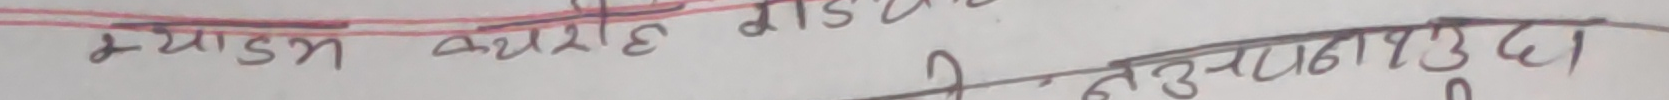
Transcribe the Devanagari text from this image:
म्याडम क्युरे डिश तेअनुप १३२१